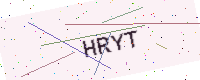
Text: HRYT